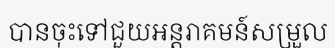
បានចុះទៅជួយអន្តរាគមន៍សម្រួល